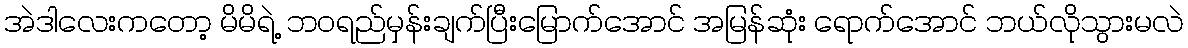
အဲဒါလေးကတော့ မိမိရဲ့ ဘဝရည်မှန်းချက်ပြီးမြောက်အောင် အမြန်ဆုံး ရောက်အောင် ဘယ်လိုသွားမလဲ